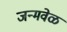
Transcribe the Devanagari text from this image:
जन्मवेळ